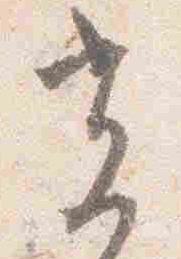
光